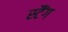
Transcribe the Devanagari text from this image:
स्टैंग